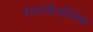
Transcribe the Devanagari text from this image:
रोमनकैथोलिक